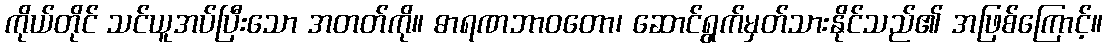
ကိုယ်တိုင် သင်ယူအပ်ပြီးသော အတတ်ကို။ ဓာရဏဘာဝတော၊ ဆောင်ရွက်မှတ်သားနိုင်သည်၏ အဖြစ်ကြောင့်။